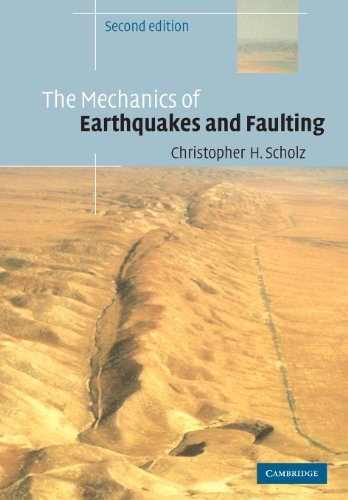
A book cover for The Mechanics of Earthquakes and Faulting (2nd Edition); Christopher H. Scholz; Science & Math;